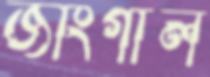
জাংগাল